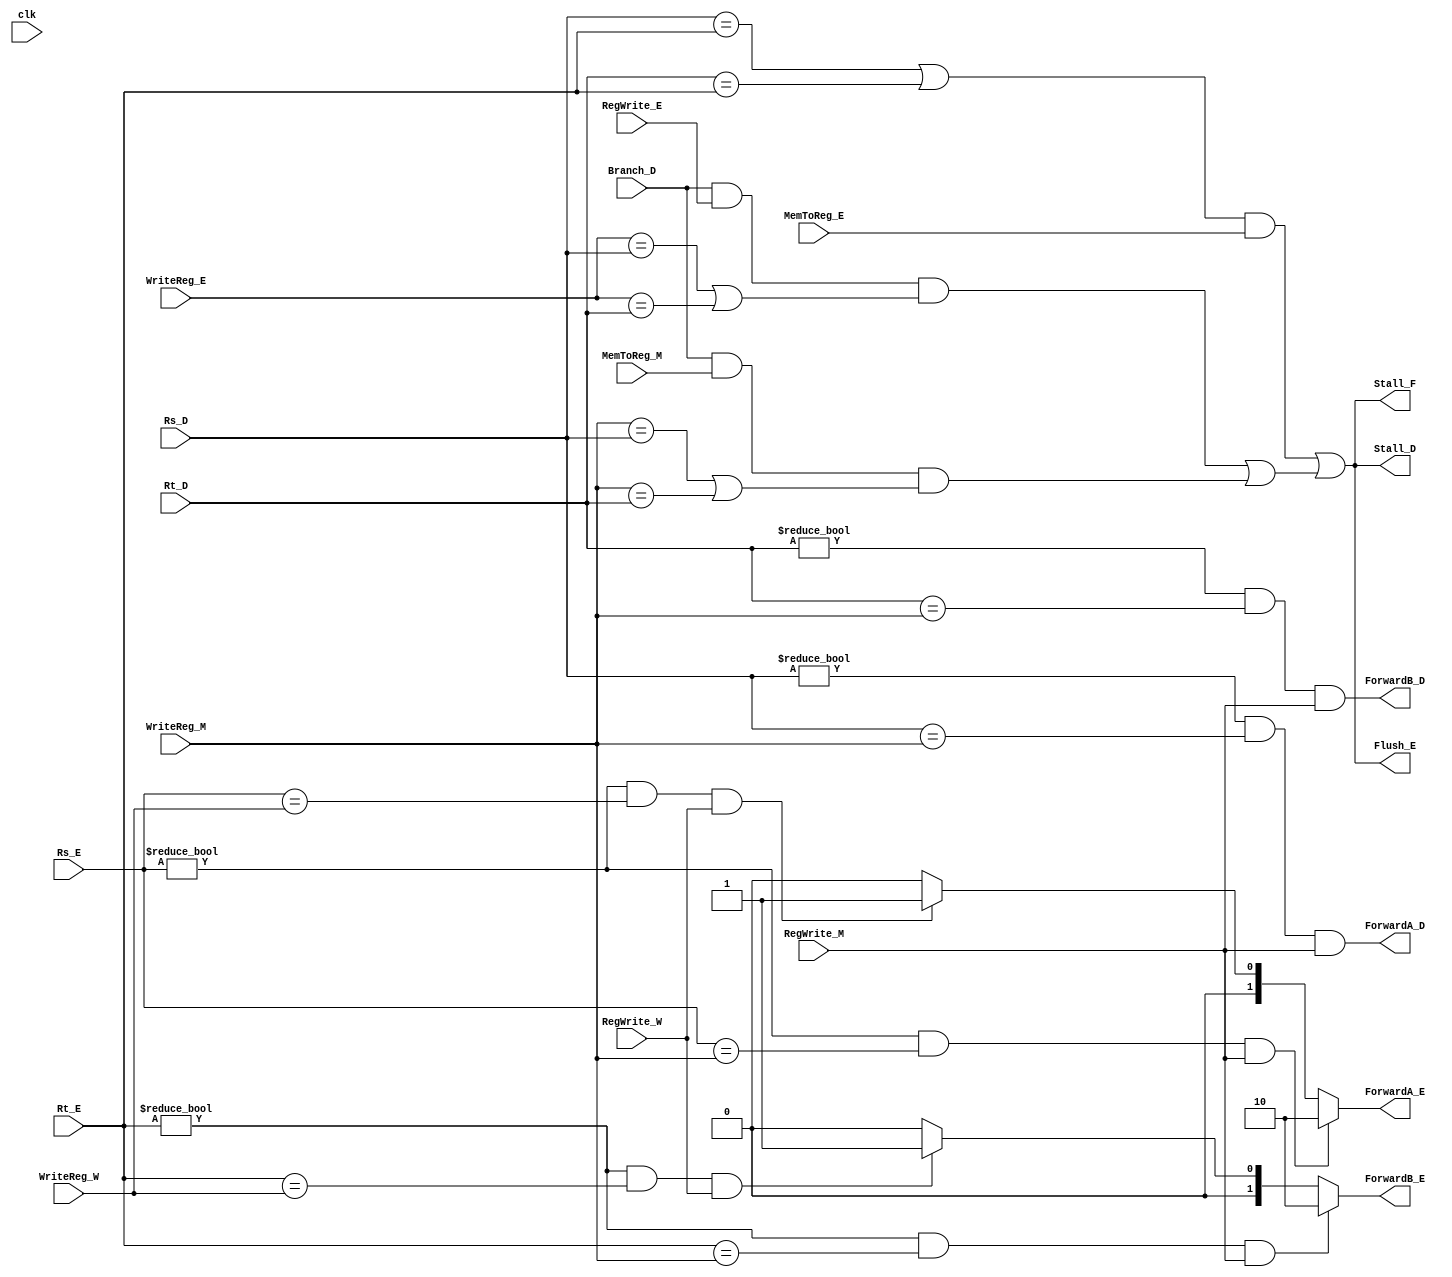
/* 	Author: Tobias Minn
	MIPS Pipeline Processor

	Hazard Unit		
*/
module HazardUnit #(parameter WIDTH = 32)(
	
	// Control Signals
	input				clk, Branch_D, MemToReg_E, RegWrite_E, MemToReg_M, RegWrite_M, RegWrite_W,
	// Datapath Signals
	input		[4:0]	Rs_D, Rt_D, Rs_E, Rt_E, WriteReg_E, WriteReg_M, WriteReg_W,
	
	output reg			Stall_F, Stall_D, ForwardA_D, ForwardB_D, Flush_E,
	output reg	[1:0] 	ForwardA_E, ForwardB_E);

	// signals
	reg LWStall, BranchStall;

	always @(*)
	begin
		// Rs Forward logic
		if( (Rs_E != 0) && (Rs_E == WriteReg_M) && (RegWrite_M) ) begin
			ForwardA_E <= 2'b10;
		end else if( (Rs_E != 0) && (Rs_E == WriteReg_W) && (RegWrite_W) ) begin
			ForwardA_E <= 2'b01;
		end else begin
			ForwardA_E <= 2'b00;
		end

		// Rt Forward logic
		if( (Rt_E != 0) && (Rt_E == WriteReg_M) && (RegWrite_M) ) begin
			ForwardB_E <= 2'b10;
		end else if( (Rt_E != 0) && (Rt_E == WriteReg_W) && (RegWrite_W) ) begin
			ForwardB_E <= 2'b01;
		end else begin
			ForwardB_E <= 2'b00;
		end

		// Load Word Hazard -> Stall
		LWStall <= ( ( (Rs_D == Rt_E) || (Rt_D == Rt_E) ) && MemToReg_E );
		
		// Forward for equality comparator in Decode Stage in case a branch need to get results from previous 
		// instruction (currently in MEM stage) forwarded
		ForwardA_D <= ( (Rs_D != 0) && (Rs_D == WriteReg_M) && RegWrite_M );
		ForwardB_D <= ( (Rt_D != 0) && (Rt_D == WriteReg_M) && RegWrite_M );

		BranchStall = 	( ( Branch_D && RegWrite_E && ( (WriteReg_E == Rs_D) || (WriteReg_E == Rt_D) ) ) ||
			 			  ( Branch_D && MemToReg_M && ( (WriteReg_M == Rs_D) || (WriteReg_M == Rt_D) ) ) );
	
		Stall_F <= LWStall || BranchStall;
		Stall_D <= LWStall || BranchStall;
		Flush_E <= LWStall || BranchStall;

	end

endmodule